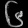
Digit: ၆